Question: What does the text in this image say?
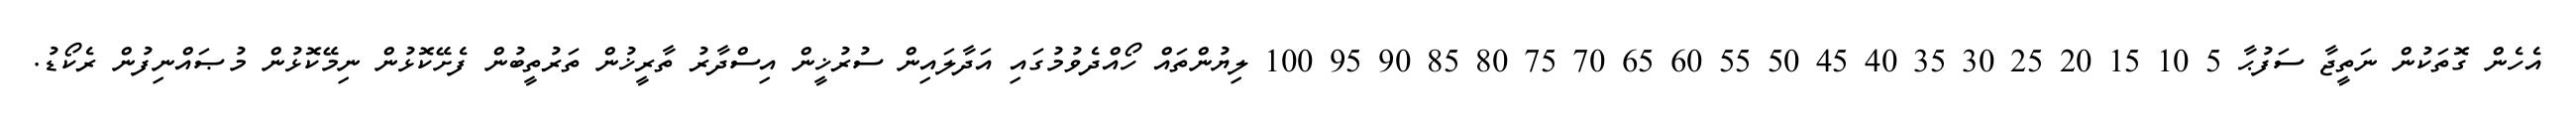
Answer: އެހެން ގޮތަކުން ނަތީޖާ ސަފުޙާ 5 10 15 20 25 30 35 40 45 50 55 60 65 70 75 80 85 90 95 100 ލިޔުންތައް ހޯއްދެވުމުގައި އަދާލައިން ސުރުޚީން އިސްދާރު ތާރީޚުން ތަރުތީބުން ފެށޭކޮޅުން ނިމޭކޮޅުން މުޞައްނިފުން ރެކޯޑު.